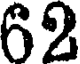
62